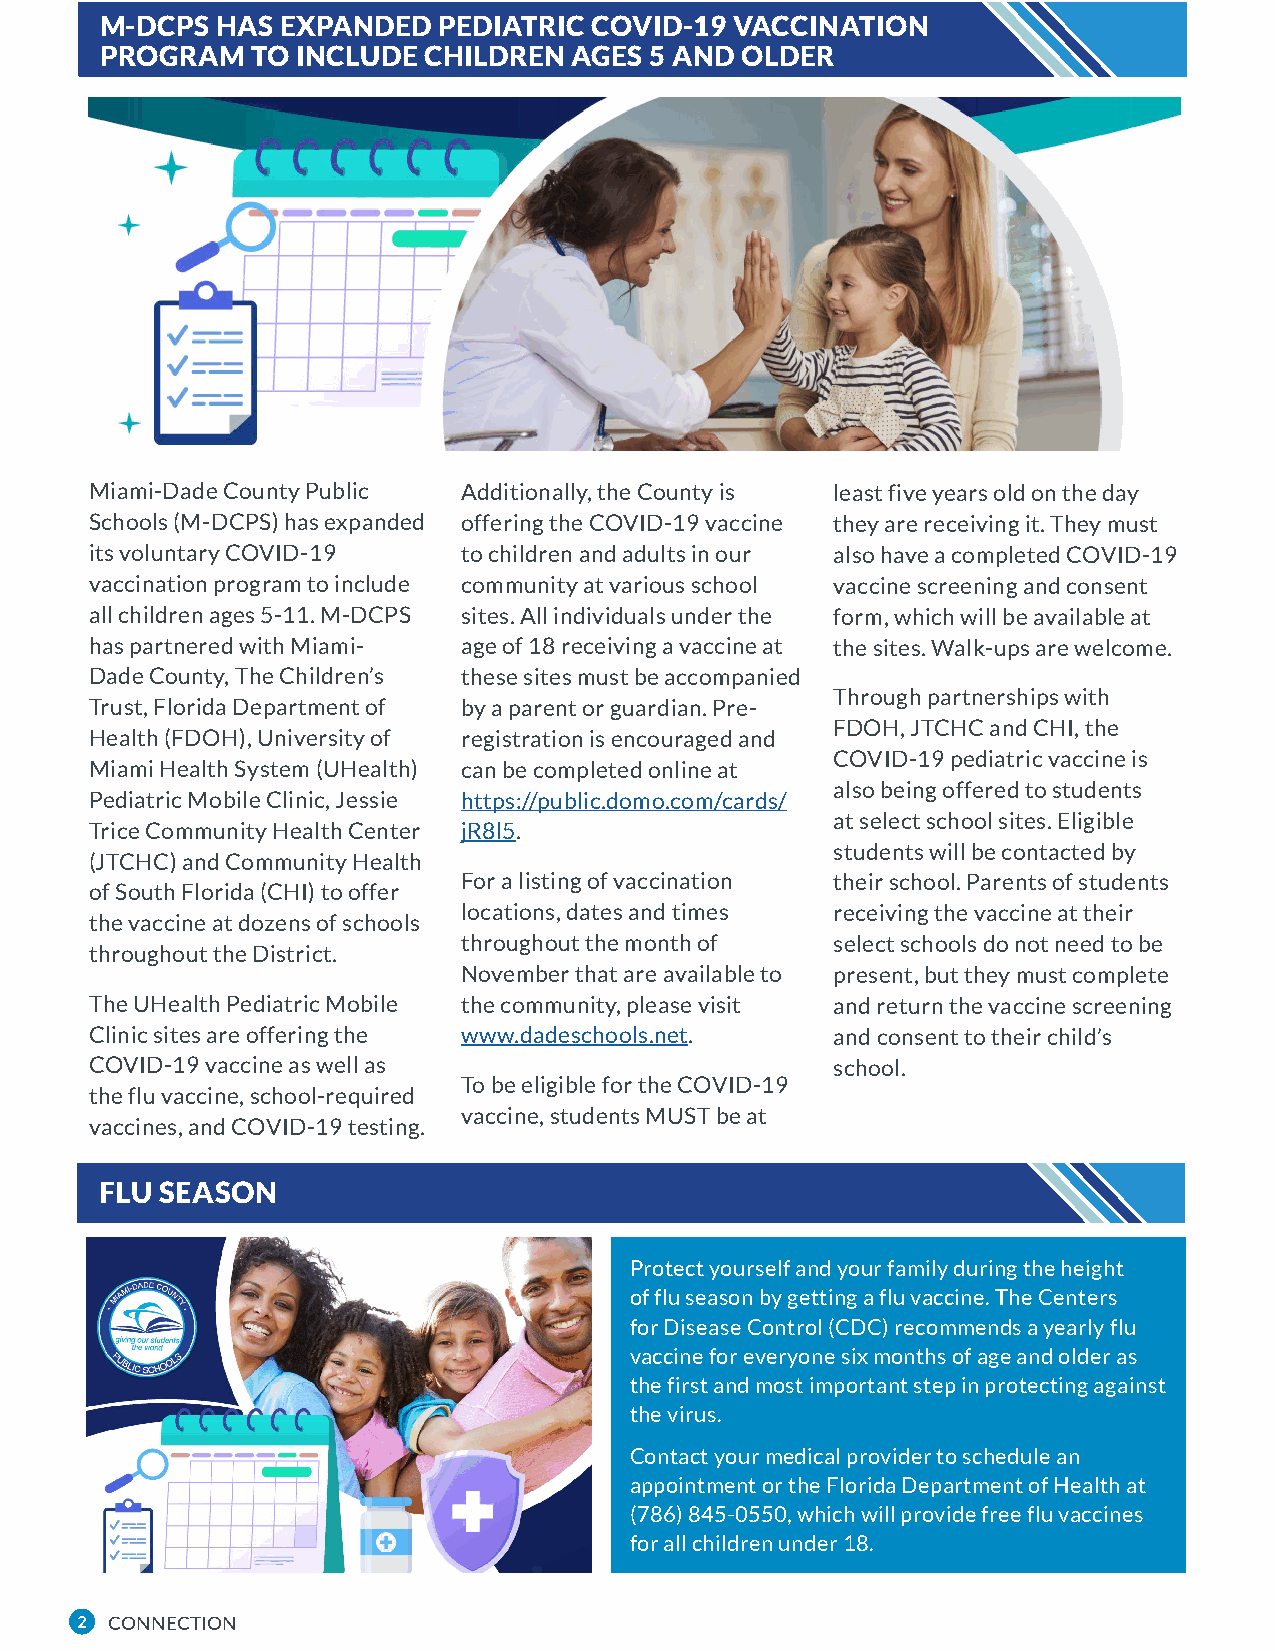
M-DCPS HAS  EXPANDED  PEDIATRIC COVID-19  VACCINATION
 PROGRAM   TO INCLUDE CHILDREN  AGES 5 AND OLDER
 Miami-Dade County Public Additionally, the County is least five years old on the day
 Schools (M-DCPS) has expanded offering the COVID-19 vaccine they are receiving it. They must
 its voluntary COVID-19   to children and adults in our also have a completed COVID-19
 vaccination program to include community at various school vaccine screening and consent
 all children ages 5-11. M-DCPS sites. All individuals under the form, which will be available at
 has partnered with Miami- age of 18 receiving a vaccine at the sites. Walk-ups are welcome.
 Dade County, The Children’s these sites must be accompanied
 Through partnerships with
 Trust, Florida Department of by a parent or guardian. Pre-
 FDOH, JTCHC and CHI, the
 Health (FDOH), University of registration is encouraged and
 COVID-19 pediatric vaccine is
 Miami Health System (UHealth) can be completed online at
 also being offered to students
 Pediatric Mobile Clinic, Jessie https://public.domo.com/cards/
 at select school sites. Eligible
 Trice Community Health Center jR8l5.
 students will be contacted by
 (JTCHC) and Community Health
 For a listing of vaccination their school. Parents of students
 of South Florida (CHI) to offer
 locations, dates and times receiving the vaccine at their
 the vaccine at dozens of schools
 throughout the month of select schools do not need to be
 throughout the District.
 November that are available to present, but they must complete
 The UHealth Pediatric Mobile the community, please visit and return the vaccine screening
 Clinic sites are offering the www.dadeschools.net. and consent to their child’s
 COVID-19 vaccine as well as                      school.
 To be eligible for the COVID-19
 the flu vaccine, school-required
 vaccine, students MUST be at
 vaccines, and COVID-19 testing.
 FLU SEASON
 Protect yourself and your family during the height
 of flu season by getting a flu vaccine. The Centers
 for Disease Control (CDC) recommends a yearly flu
 vaccine for everyone six months of age and older as
 the first and most important step in protecting against
 the virus.
 Contact your medical provider to schedule an
 appointment or the Florida Department of Health at
 (786) 845-0550, which will provide free flu vaccines
 for all children under 18.
 2 CONNECTION